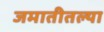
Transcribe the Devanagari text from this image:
जमातीतल्या